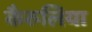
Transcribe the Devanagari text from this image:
कैरुलिया